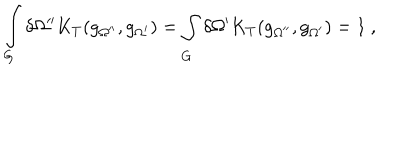
LaTeX: \int _ { G } ^ { } \delta \Omega ^ { \prime \prime } K _ { T } ( g _ { \Omega ^ { \prime \prime } } , g _ { \Omega ^ { \prime } } ) = \int _ { G } ^ { } \delta \Omega ^ { \prime } K _ { T } ( g _ { \Omega ^ { \prime \prime } } , g _ { \Omega ^ { \prime } } ) = 1 \ ,